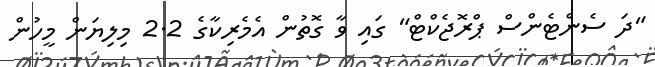
"ދަ ސެންޓެންސް ޕްރޮޖެކްޓް" ގައި ވާ ގޮތުން އެމެރިކާގެ 2.2 މިލިޔަން މީހުން